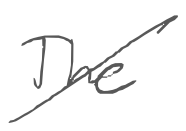
Text: The
Cross-out: diagonal
Writing tool: digital_gray